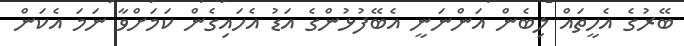
ބޭރުގެ އެހީތައް ލިބެން އަންނަނީ އެބޭފުޅުންގެ އަޑު އެހައިގެން ކަމަށްވާ ނަމަ އެކަން